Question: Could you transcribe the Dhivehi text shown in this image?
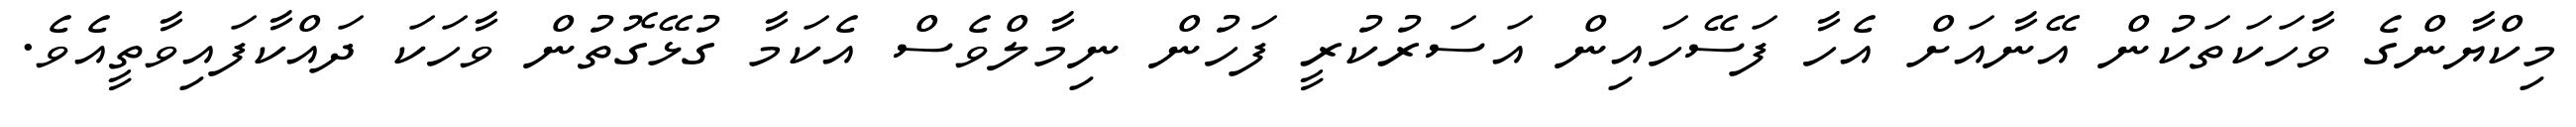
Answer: މިކްޔާންގެ ވާހަކަތަކުން އޭނާއަށް އެހާ ފަސޭހައިން އަސަރުކުރީ ފަހުން ނިމާލްވެސް އެކަމާ ގުޅޭގޮތުން ވާހަކަ ދައްކާފައިވާތީއެވެ.